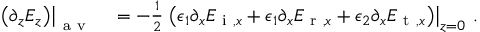
\begin{array} { r l } { \left. \left( \partial _ { z } E _ { z } \right) \right| _ { \mathrm { ~ a ~ v ~ } } } & { { } = - \frac { 1 } { 2 } \left. \left( \epsilon _ { 1 } \partial _ { x } E _ { \mathrm { ~ i ~ } , x } + \epsilon _ { 1 } \partial _ { x } E _ { \mathrm { ~ r ~ } , x } + \epsilon _ { 2 } \partial _ { x } E _ { \mathrm { ~ t ~ } , x } \right) \right| _ { z = 0 } \, . } \end{array}